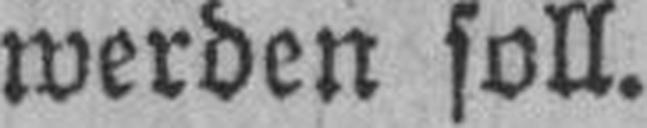
werden soll.